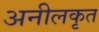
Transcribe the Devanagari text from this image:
अनीलकृत